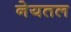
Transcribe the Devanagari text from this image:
नेयतल